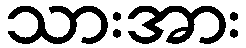
သားအား